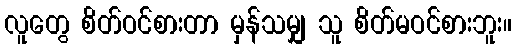
လူတွေ စိတ်ဝင်စားတာ မှန်သမျှ သူ စိတ်မဝင်စားဘူး။